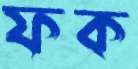
ফক